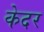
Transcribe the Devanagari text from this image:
केदर